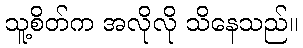
သူ့စိတ်က အလိုလို သိနေသည်။